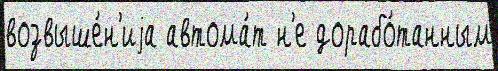
возвыше́н'иjа автома́т н'е дорабо́танным